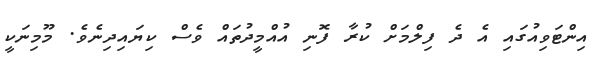
އިންޓަވިއުގައި އެ ދެ ފިލްމަށް ކުރާ ފޮނި އުއްމީދުތައް ވެސް ކިޔައިދިނެވެ. މޫމިނަކީ